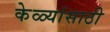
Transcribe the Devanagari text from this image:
केळ्यांसाठी